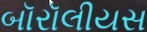
બૉરૉલીયસ